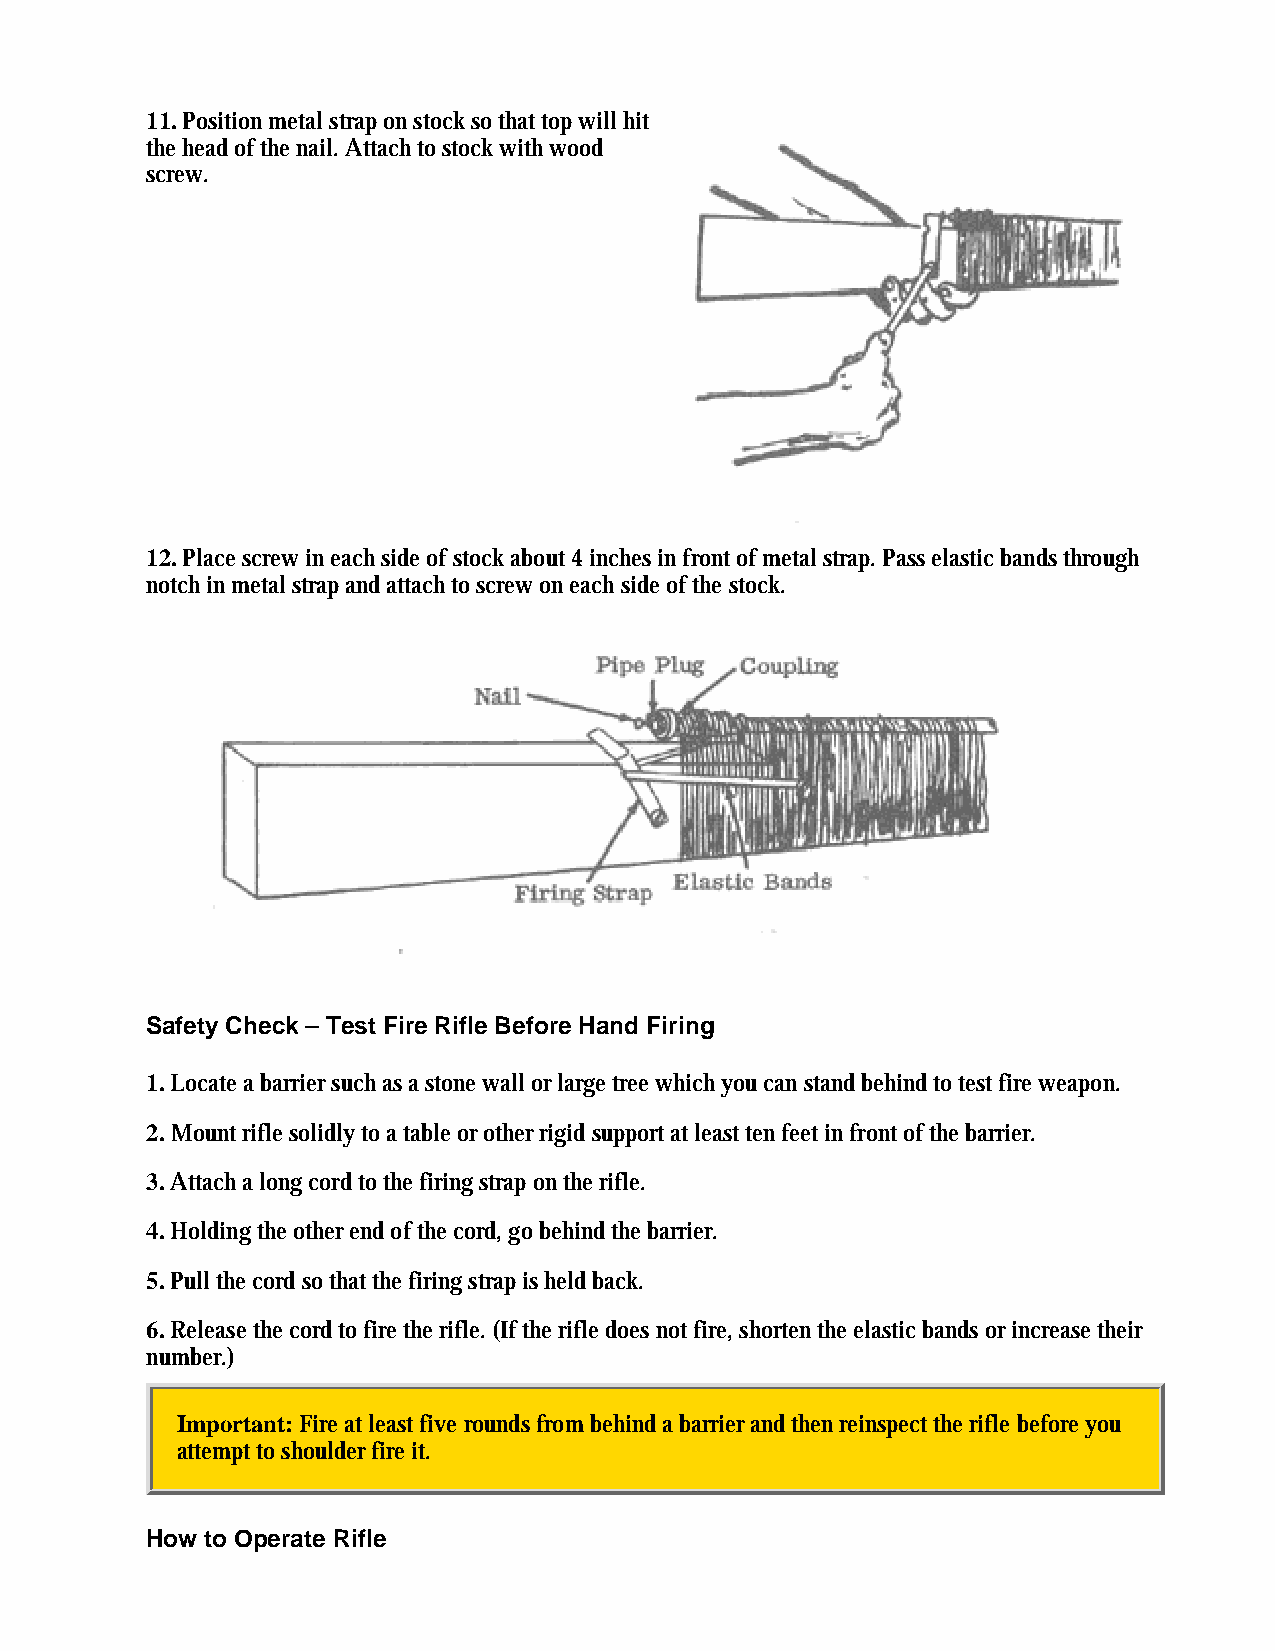
11. Position metal strap on stock so that top will hit
 the head of the nail. Attach to stock with wood
 screw.
 12. Place screw in each side of stock about 4 inches in front of metal strap. Pass elastic bands through
 notch in metal strap and attach to screw on each side of the stock.
 Safety Check – Test Fire Rifle Before Hand Firing
 1. Locate a barrier such as a stone wall or large tree which you can stand behind to test fire weapon.
 2. Mount rifle solidly to a table or other rigid support at least ten feet in front of the barrier.
 3. Attach a long cord to the firing strap on the rifle.
 4. Holding the other end of the cord, go behind the barrier.
 5. Pull the cord so that the firing strap is held back.
 6. Release the cord to fire the rifle. (If the rifle does not fire, shorten the elastic bands or increase their
 number.)
 Important: Fire at least five rounds from behind a barrier and then reinspect the rifle before you
 attempt to shoulder fire it.
 How to Operate Rifle